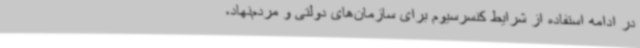
در ادامه استفاده از شرایط کنسرسیوم برای سازمان‌های دولتی و مردم‌نهاد،